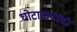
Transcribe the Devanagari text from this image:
घोटाळ्यांशी